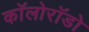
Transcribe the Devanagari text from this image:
कॉलोरॉडो